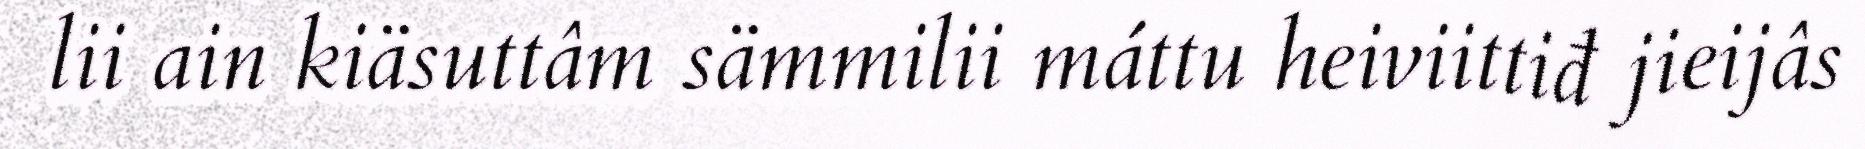
lii ain kiäsuttâm sämmilii máttu heiviittiđ jieijâs